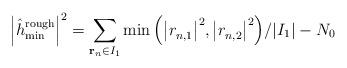
LaTeX: \begin{align*} {\left| {\hat h_{\min }^{{\rm{rough}}}} \right|^{\rm{2}}} ={\sum\limits_{{{\bf{r}}_n} \in {I_1}}^{} {\min \left( {{{\left| {r_{n,1}^{}} \right|}^{\rm{2}}},{{\left| {r_{n,2}^{}} \right|}^{\rm{2}}}} \right)} }/{\left| {{I_1}} \right|} - {N_0} \end{align*}